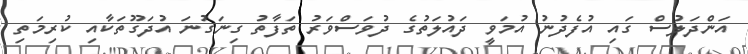
އަންދަލުސް ގައި އުފެދުނު އުމަވީ ދައުލަތުގެ ދުވަސްވަރު ތަފާތު ގިނަގުނަ އުދަގޫތަކާއި ކުރިމަތި